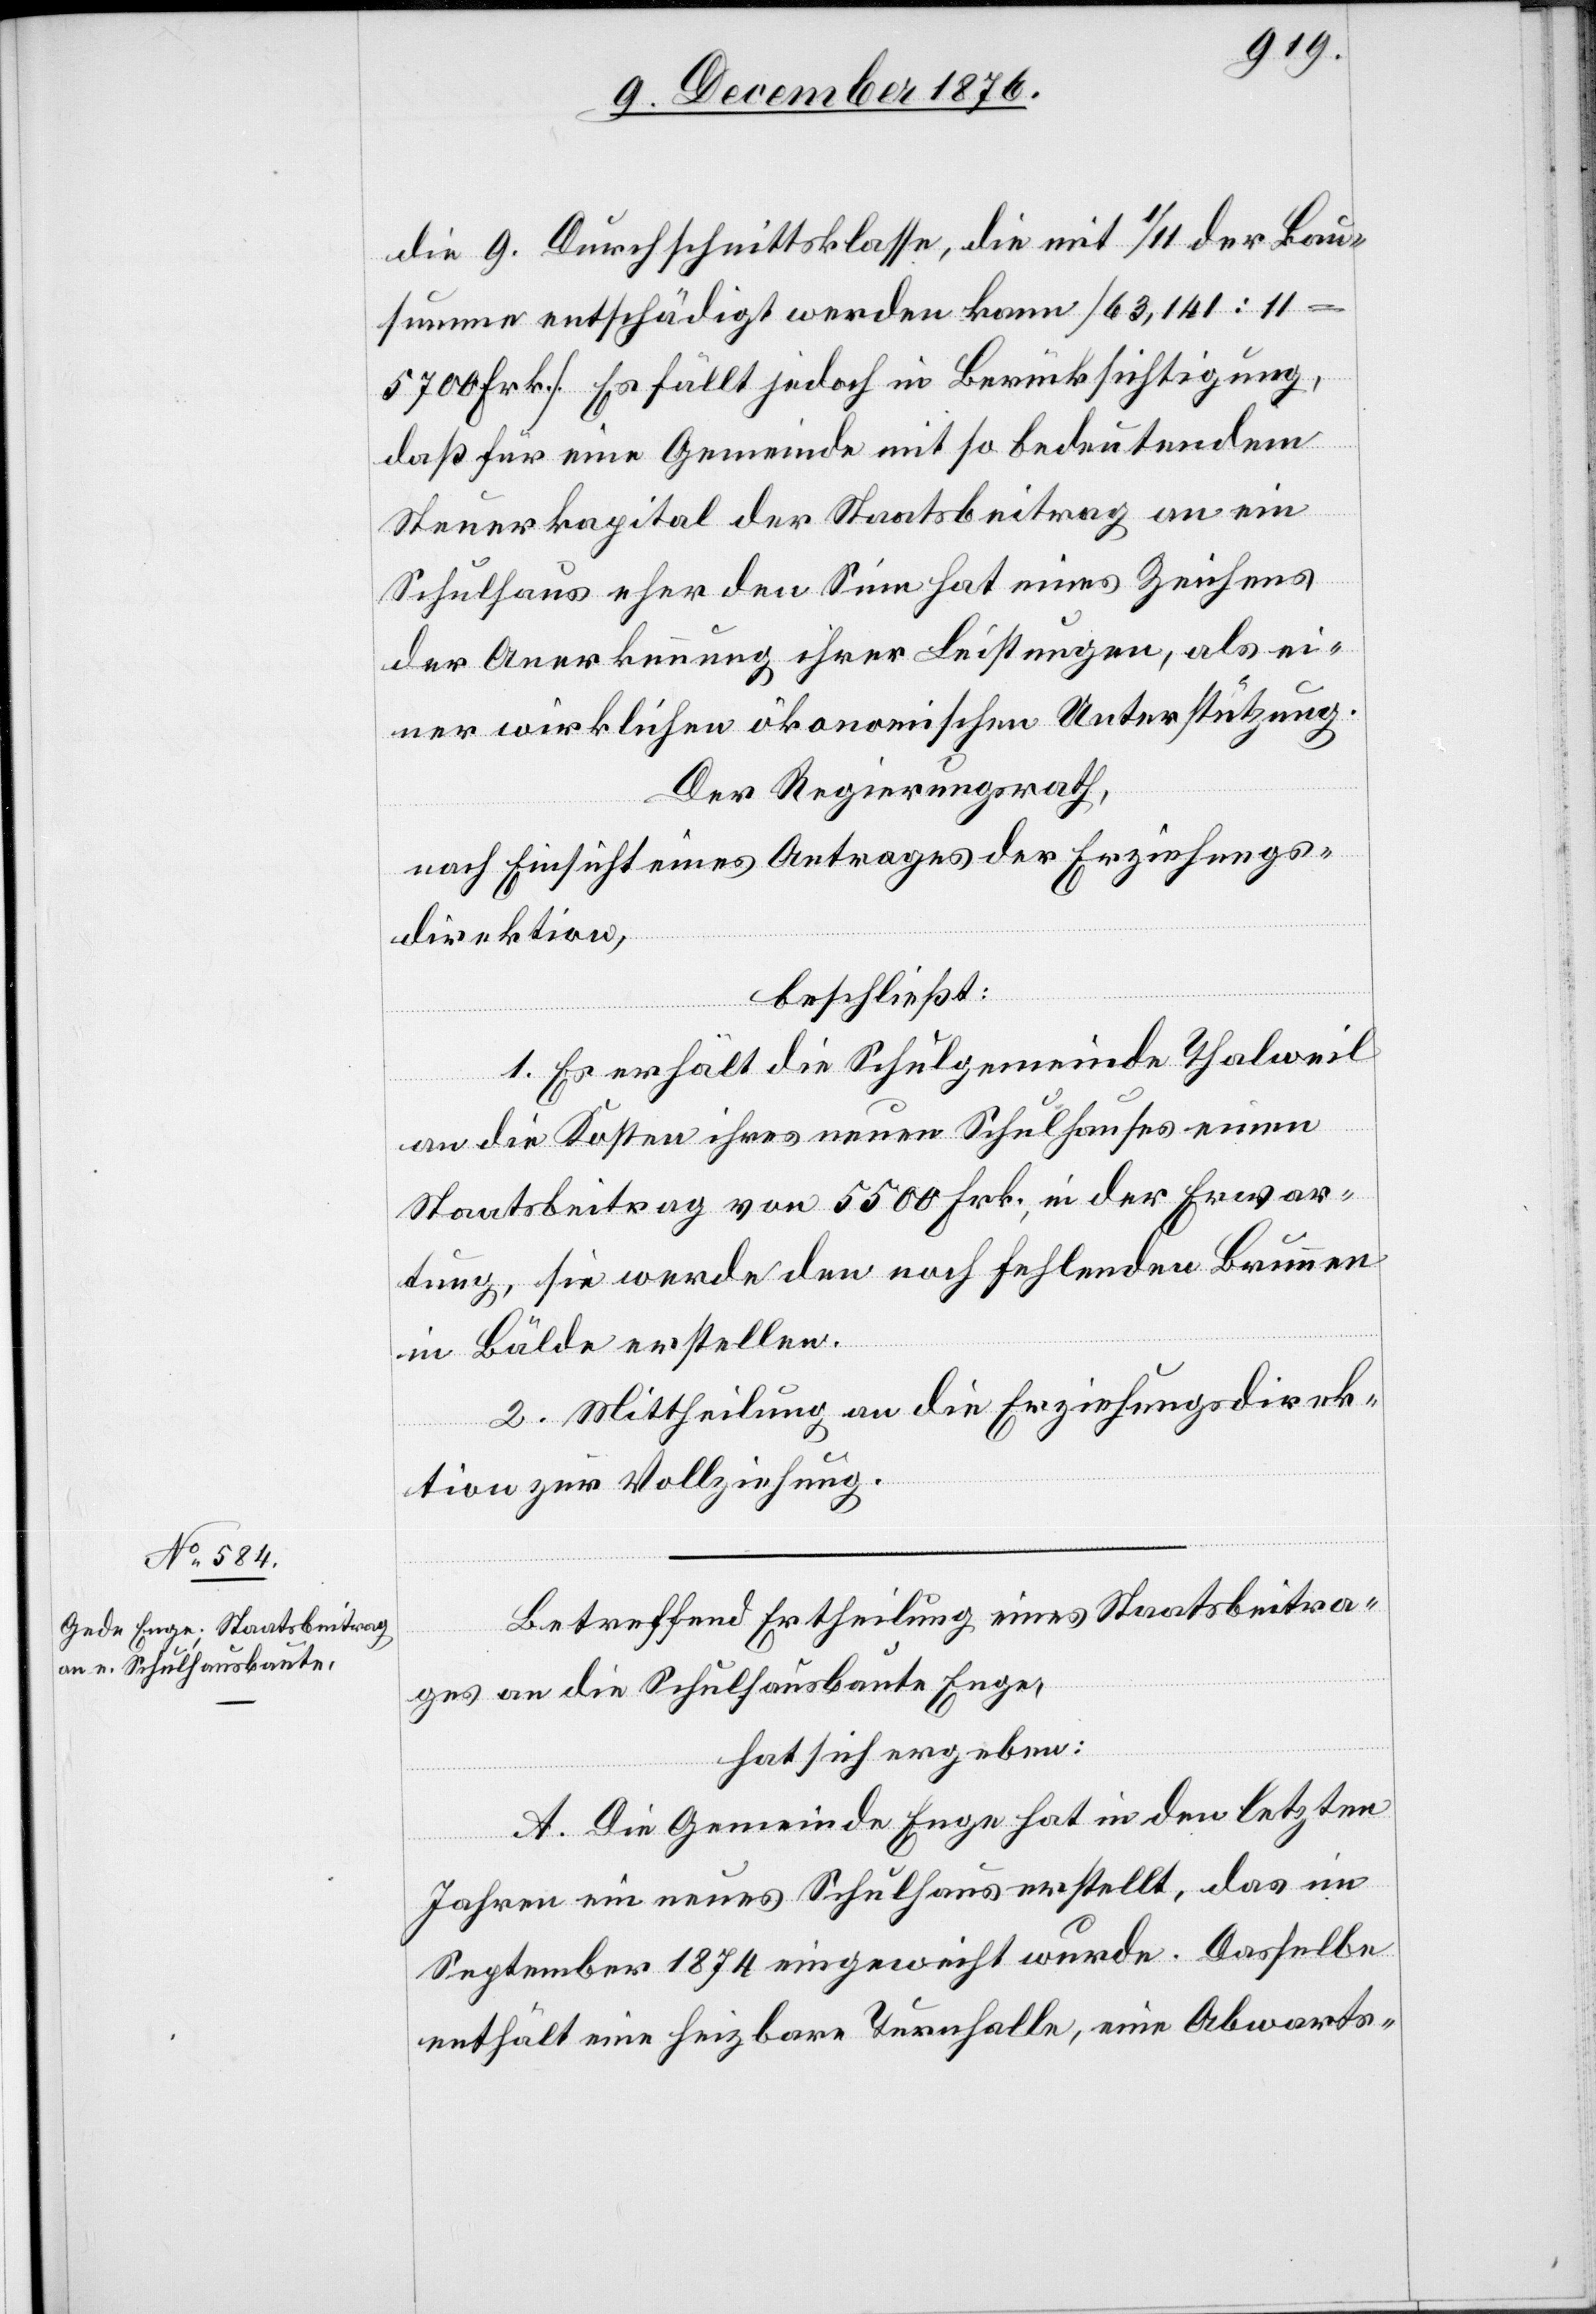
Betreffend Ertheilung eines Staatsbeitra¬
ges an die Schulhausbaute Enge,
hat sich ergeben:
A. Die Gemeinde Enge hat in den letzten
Jahren ein neues Schulhaus erstellt, das im
September 1874 eingeweiht wurde. Dasselbe
enthält eine heizbare Turnhalle, eine Abwarts-